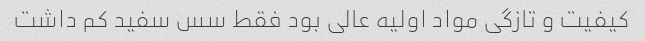
کیفیت و تازگی مواد اولیه عالی بود فقط سس سفید کم داشت